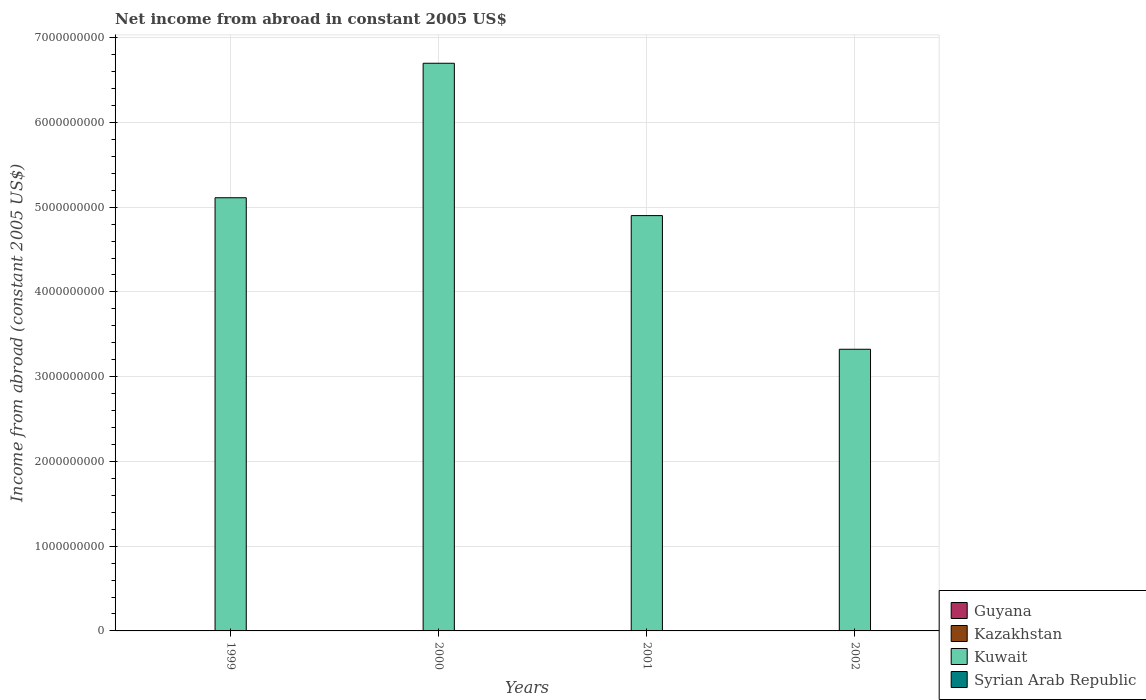
| Years | Guyana | Kazakhstan | Kuwait | Syrian Arab Republic |
 | --- | --- | --- | --- | --- |
 | 1999 | -5.66e+07 | -5.69e+08 | 5.11e+09 | -6.08e+08 |
 | 2000 | -5.21e+07 | -1.25e+09 | 6.7e+09 | -8.79e+08 |
 | 2001 | -5.92e+07 | -1.24e+09 | 4.9e+09 | -7.83e+08 |
 | 2002 | -5.53e+07 | -1.13e+09 | 3.32e+09 | -9.25e+08 |